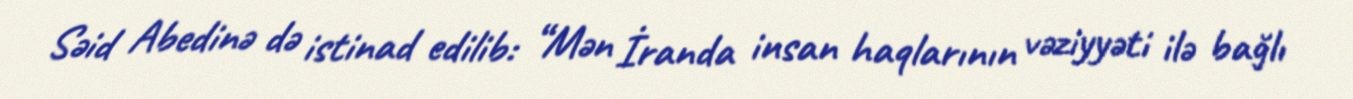
Səid Abedinə də istinad edilib: “Mən İranda insan haqlarının vəziyyəti ilə bağlı